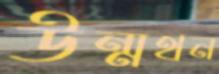
উন্মথন